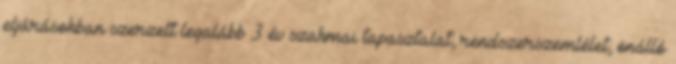
eljárásokban szerzett legalább 3 év szakmai tapasztalat; rendszerszemlélet; önálló